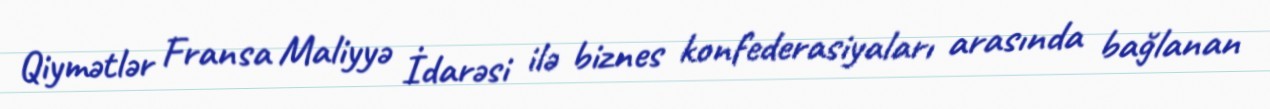
Qiymətlər Fransa Maliyyə İdarəsi ilə biznes konfederasiyaları arasında bağlanan